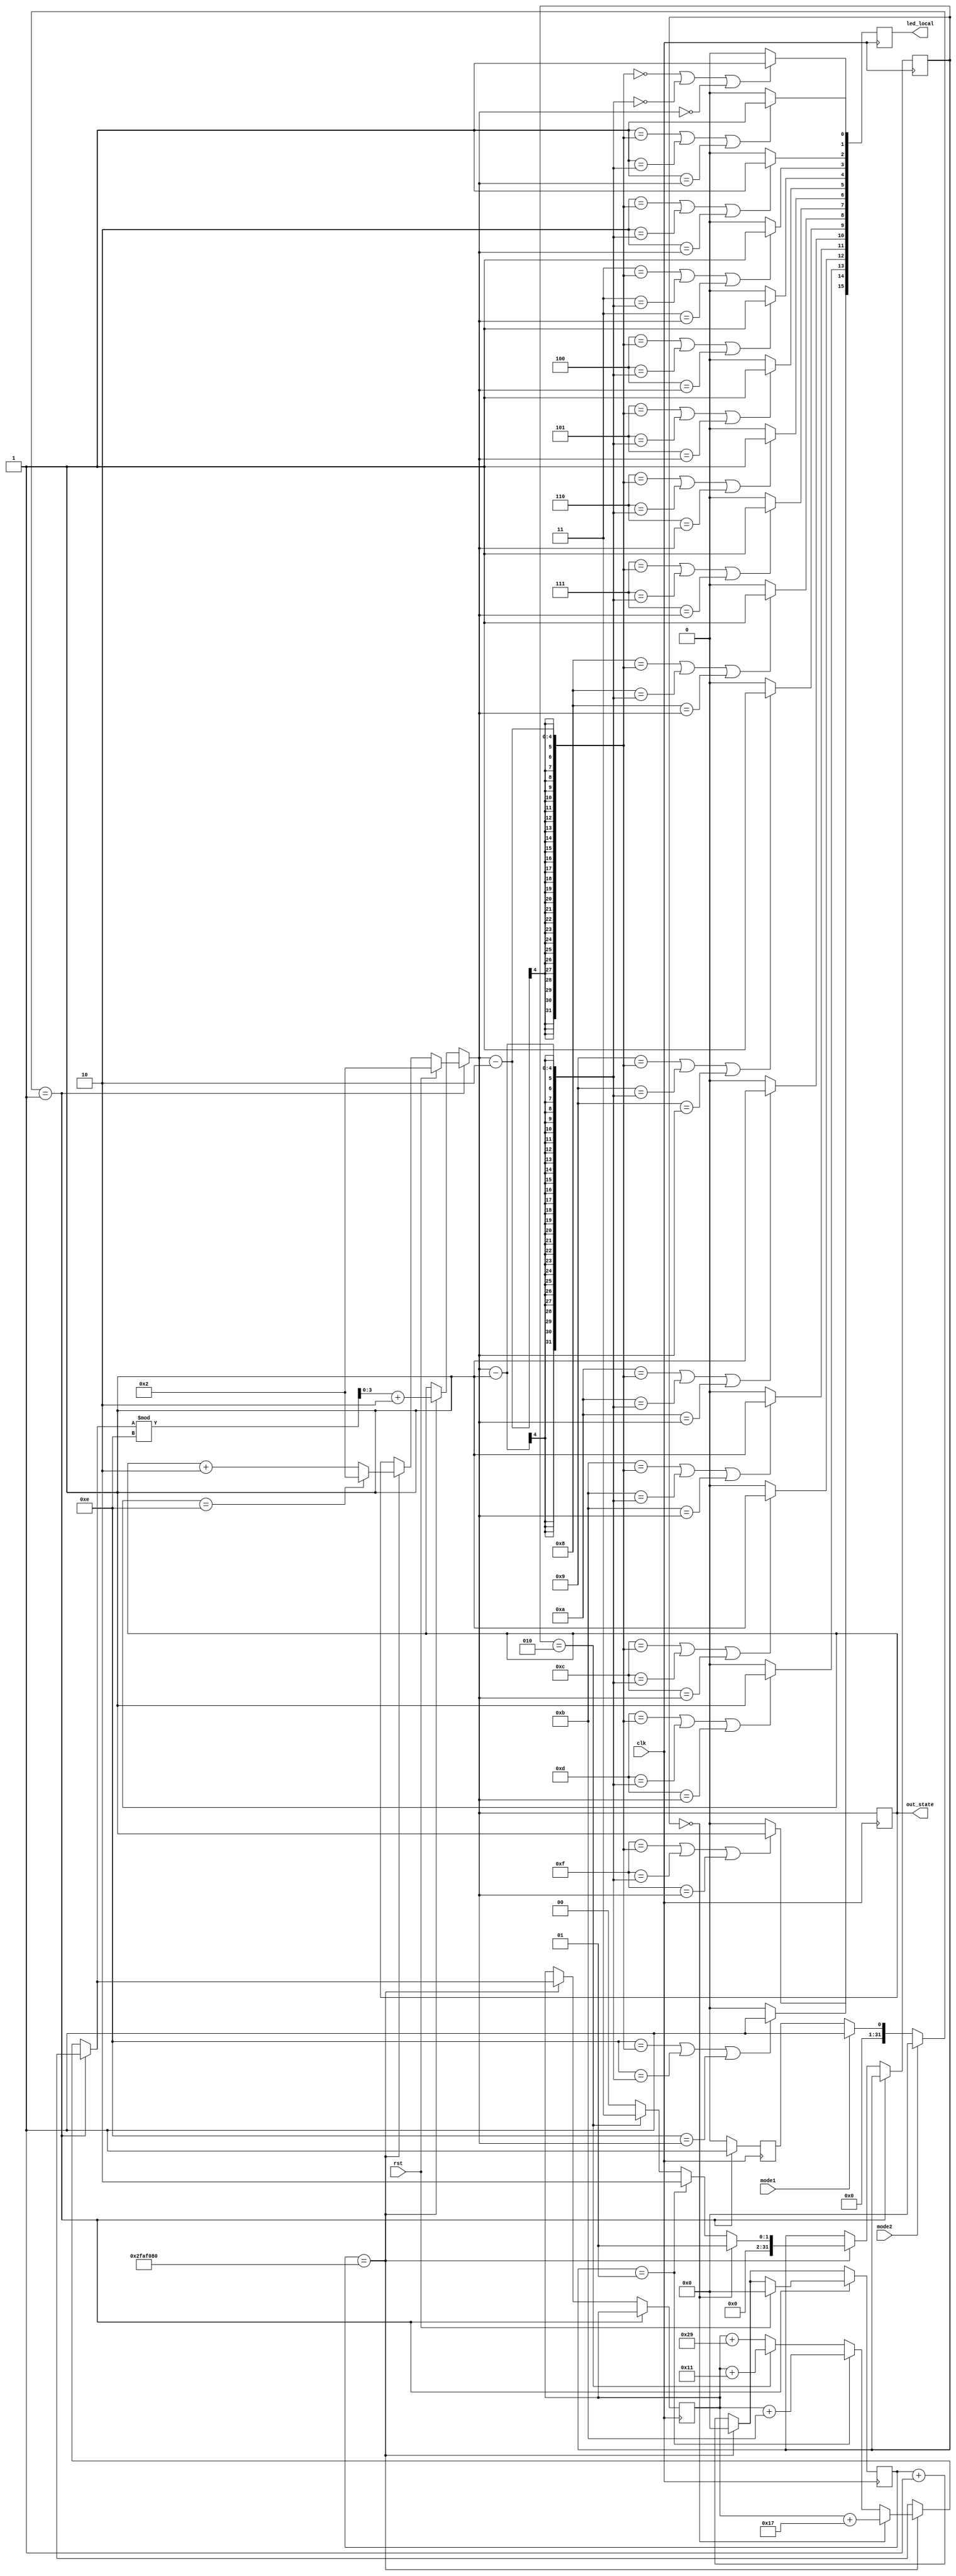
module spaceship_LED_state(mode1, mode2, out_state, clk, rst,led_local);
      // spaceship led_state outputs the state of the Leds and lights up the necessary Leds depends on the state
      // we are always ligting up three consecutive LED
      // State is the Leftmost leds that is lit on the FPGA, by using this one parameter , we can tell which led to light up 
      // We have 2 game mode , one is a sequential one , in which leds will move from right to left at a jump of 2 leds
      // another one in which led will move in a pseudo-random order determined below by algorithm
      
      // led_local outputs the current_state of the leds
      
      input clk, rst, mode1, mode2;
      output [3:0] out_state;
      output reg[ 15:0] led_local;
      
      // reg_state stores the current state of leds in a register
      reg [ 3:0 ] reg_state;     
      
      // counter is used to slow down the Change of state of Leds , else we will see all led glow up as our eyes will not be able to work at the speed of the Clk
      // hence we have use 5x10^7 as one cycle meaning after these many cycle , state will change and human eyes can perceive these changes  
      reg [31:0] counter;
      // interger i for use in for loop
      integer i;
      
      // stay 1 and stay 2 will tells us which state we have to go , if mode1 and mode2 both are 0
      integer stay1=1,stay2=0;
      
      // ran and select is used in random_number generator 
      reg [31:0] ran;
      integer select;
      
      always @ (posedge clk ) begin
      
            // updating stay 1 and stay2 
            if( mode1==1'b1) begin
                stay1=1;
                stay2=0;
            end
            
            if( mode2==1'b1) begin
                stay1=0;
                stay2=1;
            end
            
            // if we have simple game mode
            // then increase reg_state  by 2 until it becomes 14 , which made it changes it to 2 again
            // we only do the above step if counter is 5x10^7
            if(stay1==1'b1)begin
                  stay1=1;
                  stay2=0;
            // if rst is 1 , then reset the state to 2
                  if(rst==1'b1) begin
                      reg_state=4'b0010;
                      counter=0;
                  end  
                   else if( counter==32'd50000000 ) begin
                        if( out_state==4'b1110)
                            reg_state=4'b0010;
                        else
                            reg_state=reg_state+2;
                        counter=0;
                   end  
                   else
                        counter=counter+1; 
            end
// if we are in random mode , then we add some prime number like 23,11,17,41 as prime number form a random distribution , 
 // then we take modulus with 14 to get from 0 to 13 , and then add 2 to make it a valid stat i.e 2 to 15
            else begin
                  stay2=1;
                  stay1=0;
                  if( counter==32'd50000000 ) begin 
                        if( select==0) begin 
                              ran=ran+23;
                              select=1;
                        end
                        else if( select==1) begin
                              ran=ran+11;
                              select=2;
                        end
                        else if( select==2) begin
                              ran=ran+17;
                              select=3;
                        end
                        else begin
                              ran=ran+41;
                              select=0;
                        end

                        reg_state= ran%14 +2;  
                        counter=0;
                  end
                  else
                        counter=counter+1;
            end
            
            // depending upon the state, we are ligting up the Leds
            for( i=0;i<16;i=i+1) begin
                  if( i==reg_state-2 || i==reg_state-1 || i==reg_state) 
                        led_local[i]=1;
                  else
                        led_local[i]=0;
            end
      end      
      // now are assigning reg_state to out_state for next iteration of this module.
      assign out_state=reg_state;
            

endmodule